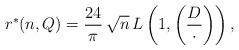
LaTeX: \begin{align*}r^*(n,Q)=\frac{24}{\pi}\,\sqrt{n}\,L\left(1,\left(\frac{D}{\cdot}\right)\right),\end{align*}